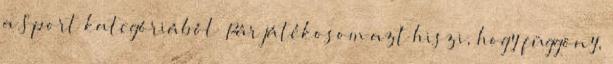
a Sport kategóriából „Pár játékosom azt hiszi, hogy függöny,